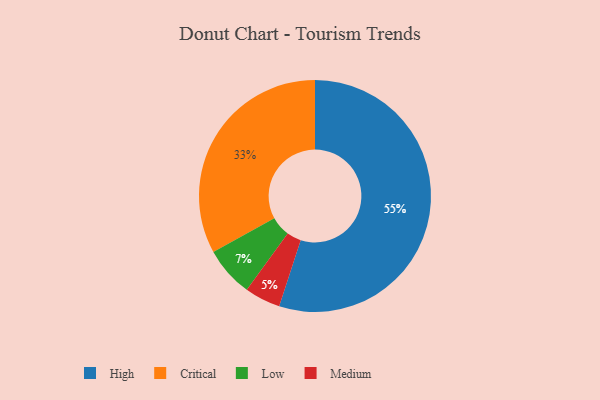
{"axis": {"x": "Category", "y": "Percentage"}, "legend": ["Critical", "High", "Low", "Medium"], "data": [{"x": "Low", "y": 7, "type": "Low"}, {"x": "High", "y": 55, "type": "High"}, {"x": "Critical", "y": 33, "type": "Critical"}, {"x": "Medium", "y": 5, "type": "Medium"}]}